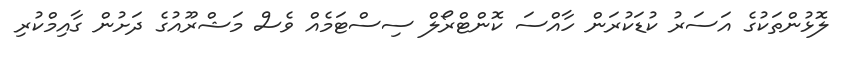
ލޮޅުންތަކުގެ އަސަރު ކުޑަކުރަން ހާއްސަ ކޮންޓްރޯލް ސިސްޓަމެއް ވެސް މަޝްރޫއުގެ ދަށުން ގާއިމްކުރި